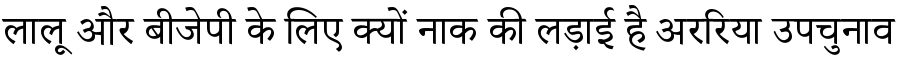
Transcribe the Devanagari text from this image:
लालू और बीजेपी के लिए क्यों नाक की लड़ाई है अररिया उपचुनाव